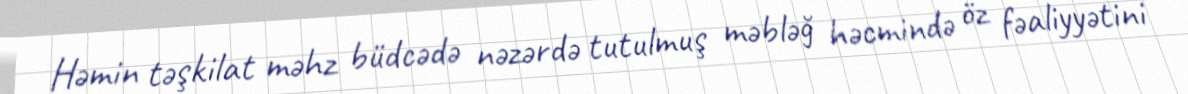
Həmin təşkilat məhz büdcədə nəzərdə tutulmuş məbləğ həcmində öz fəaliyyətini